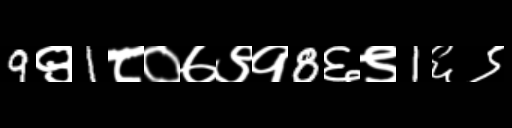
Text: 9९1८०७९१8६९1६९